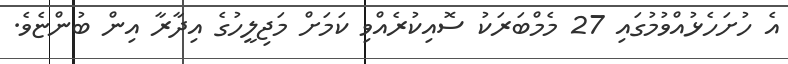
އެ ހުށަހެޅުއްވުމުގައި 27 މެމްބަރަކު ސޮއިކުރެއްވި ކަމަށް މަޖިލީހުގެ އިދާރާ އިން ބުންޏެވެ.